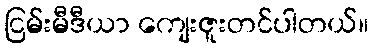
ငြမ်းမီဒီယာ ကျေးဇူးတင်ပါတယ်။